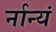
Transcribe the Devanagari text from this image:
र्नान्यं